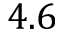
4 . 6